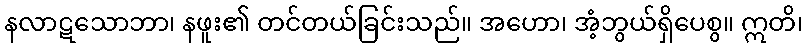
နလာဋသောဘာ၊ နဖူး၏ တင်တယ်ခြင်းသည်။ အဟော၊ အံ့ဘွယ်ရှိပေစွ။ ဣတိ၊